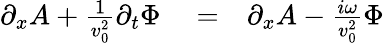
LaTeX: \begin{array}{rlr}{\partial_{x}A+\frac{1}{v_{0}^{2}}\partial_{t}\Phi}&{{}=}&{\partial_{x}A-\frac{i\omega}{v_{0}^{2}}\Phi}\end{array}